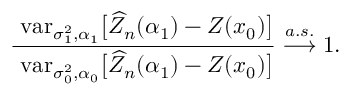
\frac { \mathrm { { \sc ~ v a r } } _ { \sigma _ { 1 } ^ { 2 } , \alpha _ { 1 } } \bigl [ \widehat { Z } _ { n } ( \alpha _ { 1 } ) - Z ( \boldsymbol { x } _ { 0 } ) \bigr ] } { \mathrm { { \sc ~ v a r } } _ { \sigma _ { 0 } ^ { 2 } , \alpha _ { 0 } } \bigl [ \widehat { Z } _ { n } ( \alpha _ { 1 } ) - Z ( \boldsymbol { x } _ { 0 } ) \bigr ] } \stackrel { a . s . } { \longrightarrow } 1 .